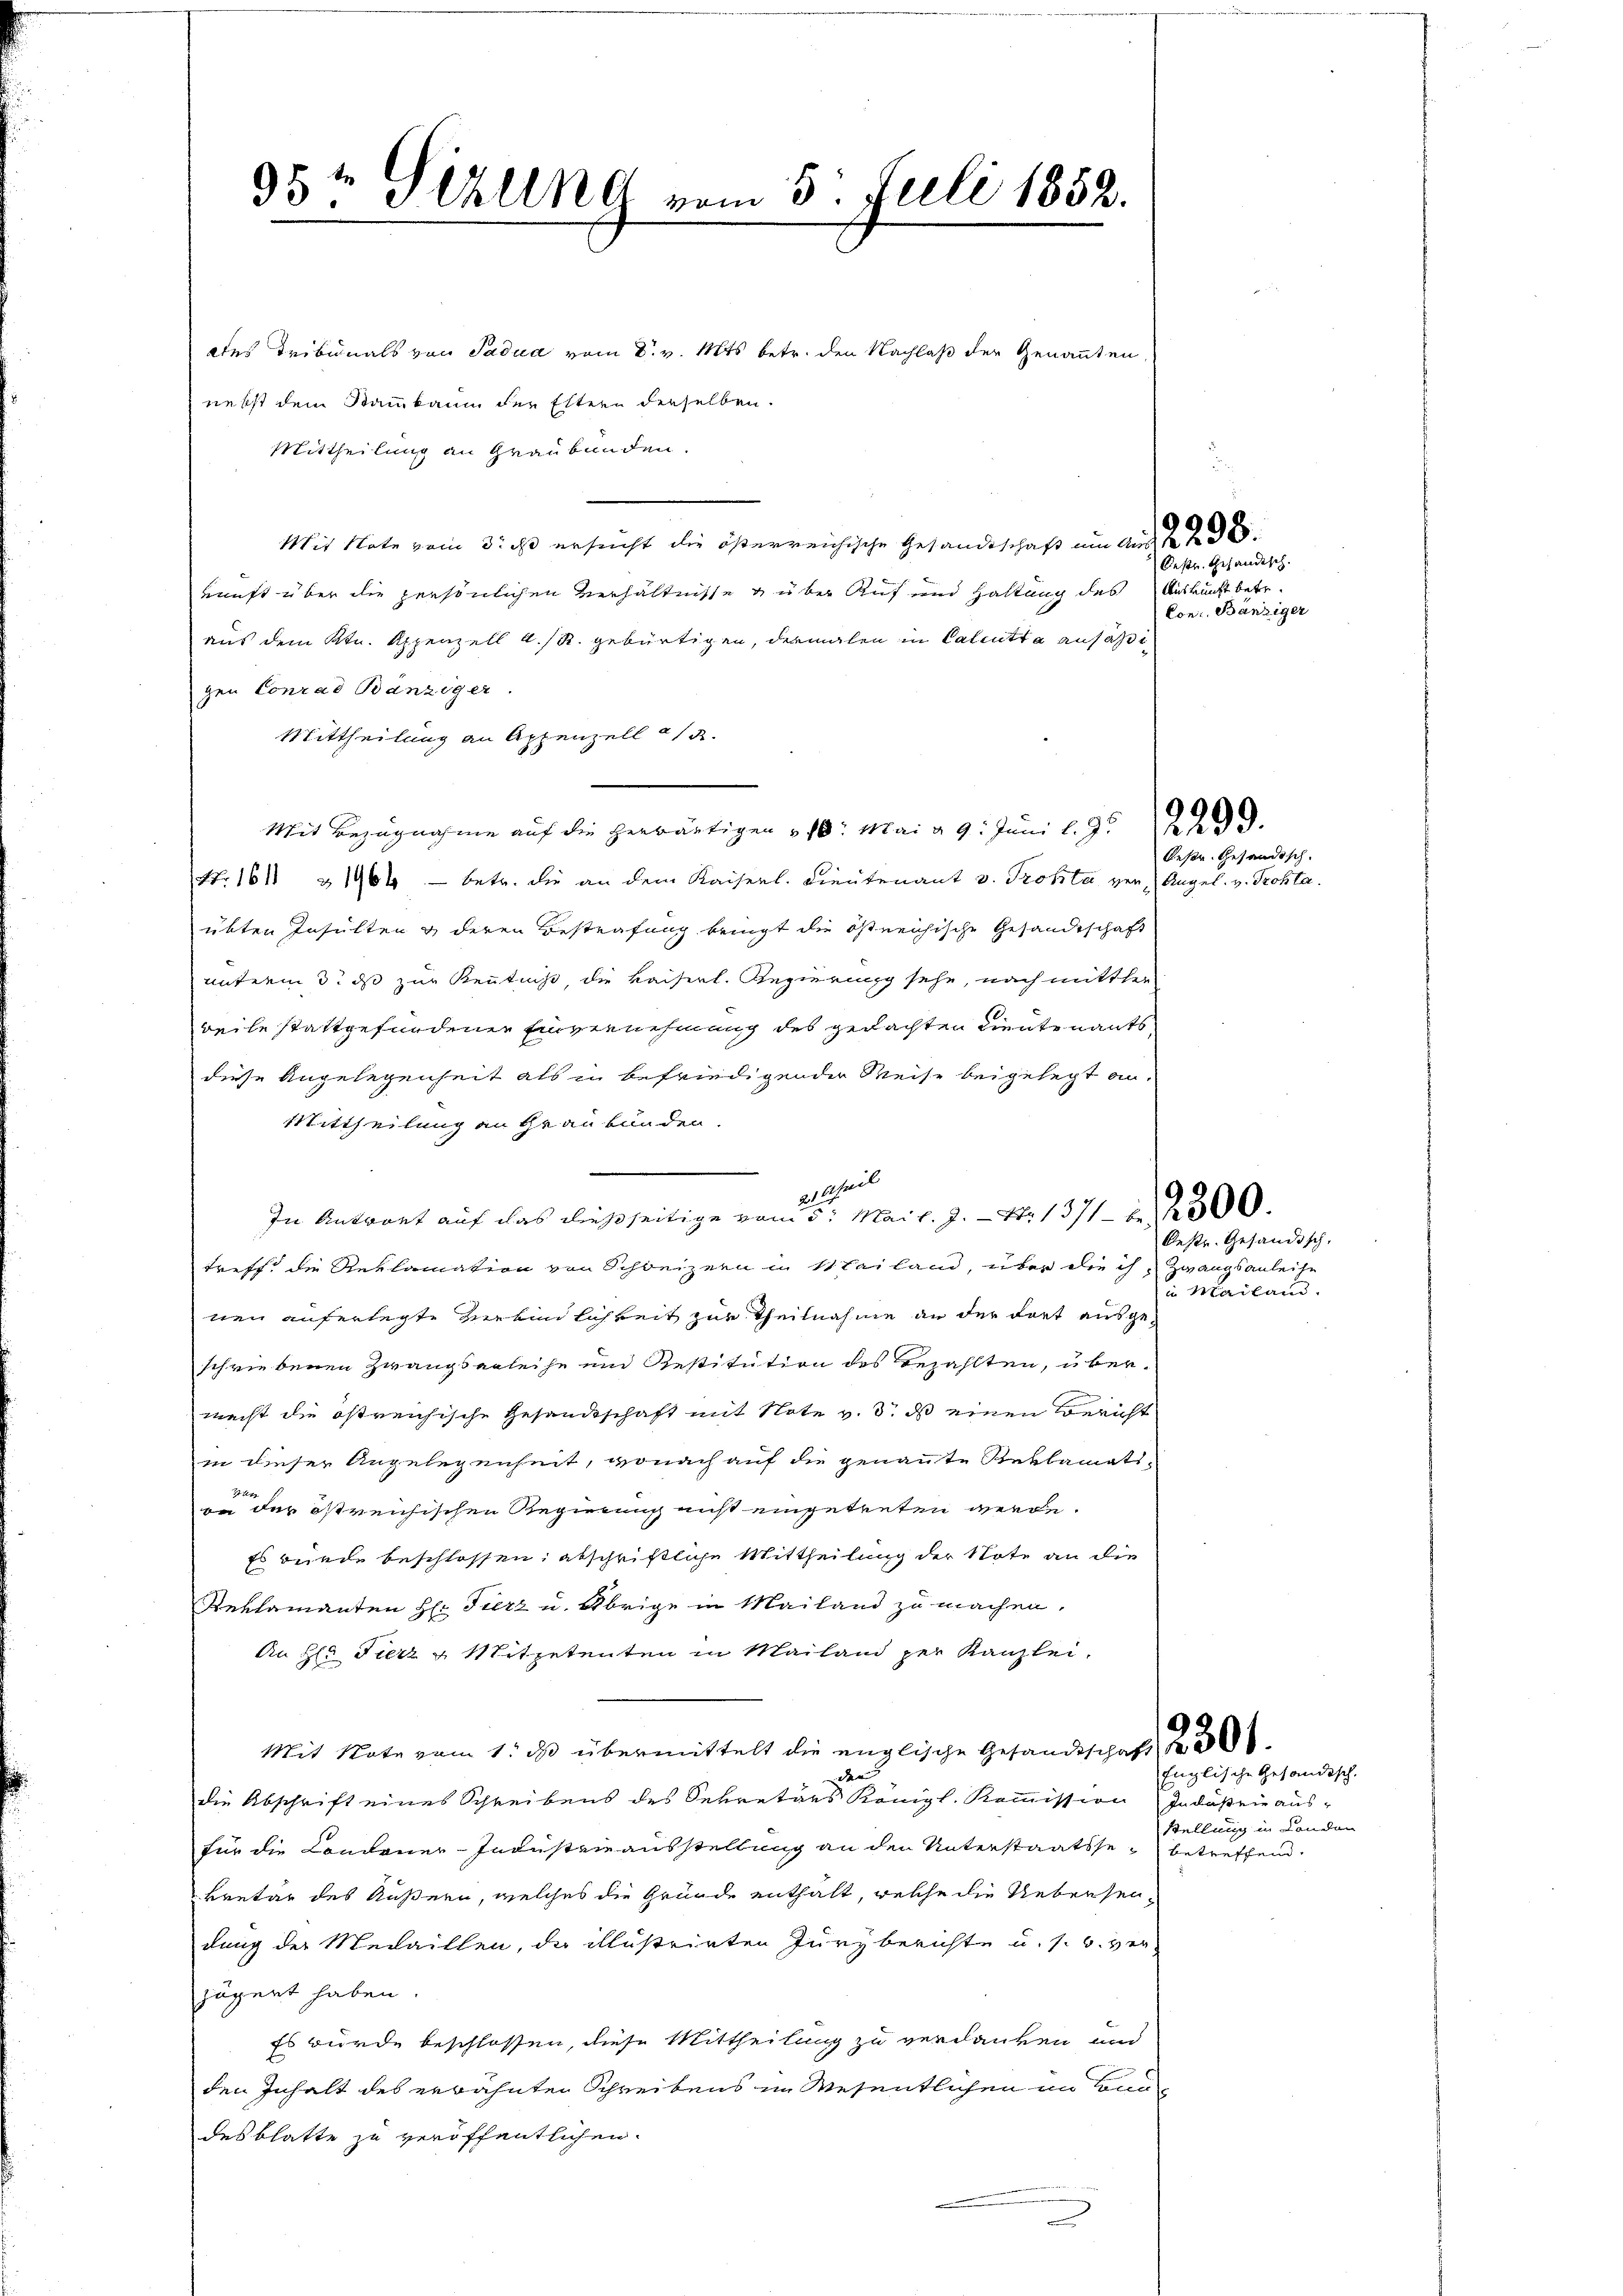
95te Sizung vom 5. Juli 1852.

ddes Tribunals von Padud vom 8. v. Mts. betr. den Nachlaß der Genannten,
nebst dem Stammkaum der Eltern derselben.
Mittheilung an Graubünden.
Mit Note vom 3. ist ersucht die österreichische Gesandtschaft um Aus d
kunft über die persönlichen Verhältnisse guber Auf und Haltung des Auskunft betr.
aus dem Ktn. Appenzell A/R. gebürtigen, dermalen in Calcutta ansäßigen Conrad Bänziger.
Mittheilung an Appenzell a/
Mit Bezugnahme auf die herwärtigen " 10. Mai d. 9. Juni l. J. 23.
Nr 1611 & 1964 — betr. die an dem Kaiserl. Lieutenant v. Trotta vor, Angel. v. Frohta.
übten Insulten & deren Bestrafung bringt die östreichische Gesandtschaft
unterm 3. ds zur Kenntniß, die kaiserl. Regierung sehe, noch mitthe
weile stattgefundener Einvernehmung des gedachten Lieutenants,
diese Angelegenheit als in befriedigender Weise beigelegt an.
Mittheilung an Graubünden.
eutheil
In Antwort auf das dießseitige vom 5. Mai l. J. N. 1371 800
treff die Reklamation von Schweizern in Mailand, über die ich Zwangsanleihe
nen auferlegte Reinlichkeit zur Theilnahme an der dort ausgeschriebenen Zwangserleihe und Restitution des Bezahlten, über-
macht die östreichische Gesandtschaft mit Note v. 3. ds einen Bericht
in dieser Angelegenheit, wonach auf die genannte Reklamatsvn der östreichischen Regierung nicht eingetreten werde.
Es bunde beschlossen, abschriftliche Mittheilung der Note an die
Reklamanten H. Fierz u. Übrige in Mailand zu machen.
An Hr. Fierz u. Mitpetenten in Mailand per Kanzlei-
Mit Note vom 1. ds übermittelt die englische Gesandtschaft
den
die Abschrift eines Schreibens des Sekretärs Königl. Kommission Industrie aus-
für die Condoner-Industanzausstellung an den Unterstaatsse betreffend.
kretär des Äußern, welches die Gründe enthalt, welche die Uebersendung der Medaillen, da illustrirten Jurzberichte u. s. w. ver-
jägert haben.
Es wurde beschlossen, diese Mittheilung zu verdanken und
den Inhalt des erwähnten Schreibens in Wesentlichen in Baudesblatte zu veröffentlichen

Oestr. Gesandtsch.
Con: Banziger

9

bestr. Gesandisch.

Oestr. Gesandisch.
in Mailand.

Englische Gesandtsch
stellung in London